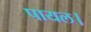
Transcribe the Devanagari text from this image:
पायल।